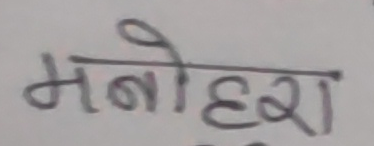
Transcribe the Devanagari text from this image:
मनोहरा